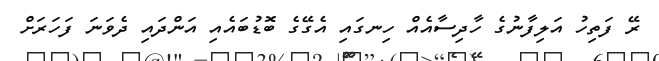
ރޭ ފަތިހު އަލިފާނުގެ ހާދިިސާއެއް ހިނގައި އެގޭގެ ބޮޑުބައެއި އަންދައި ދެވަނަ ފަހަރަށް